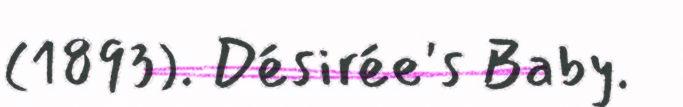
(1893). Désirée's Baby.